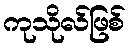
ကုသိုလ်ဖြစ်